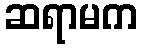
ဆရာမက